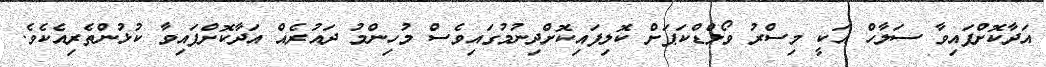
އަދާކޮށްފައިވާ ސަލާހް އަކީ މިސްރު ވޯލްޑްކަޕަށް ކޮލިފައިކޮށްދިނުމުގައިވެސް މުހިންމު ދައުރެއް އަދާކޮށްފައިވާ ކުޅުންތެރިއެކެވެ.